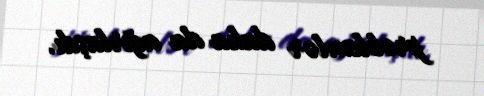
problemlər daha da ağırlaşdı.